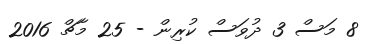
8 މަސް 3 ދުވަސް ކުރިން - 25 މާޗް 2016